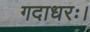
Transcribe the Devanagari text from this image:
गदाधरः।